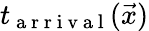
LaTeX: t_{\mathrm{~a~r~r~i~v~a~l~}}(\vec{x})